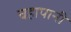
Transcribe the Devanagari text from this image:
चहापानी